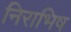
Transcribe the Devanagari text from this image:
निराभिष